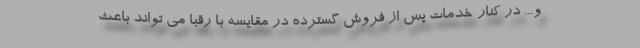
و... در کنار خدمات پس از فروش گسترده در مقایسه با رقبا می تواند باعث